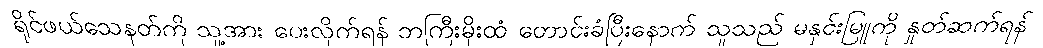
ရိုင်ဖယ်သေနတ်ကို သူ့အား ပေးလိုက်ရန် ဘကြီးမိုးထံ တောင်းခံပြီးနောက် သူသည် မနှင်းမြူကို နှုတ်ဆက်ရန်